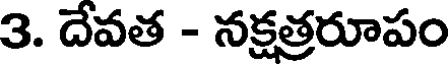
3. దేవత - నక్షత్రరూపం